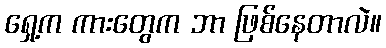
ရှေ့က ကားတွေက ဘာ ဖြစ်နေတာလဲ။